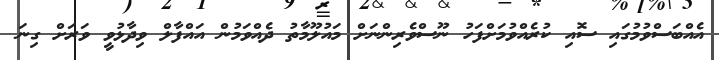
އެއްބަސްވުމުގައި ސޮއި ކުރެއްވުމަށްފަހު ނޫސްވެރިންނަށް މައުލޫމާތު ދެއްވަމުން އައްފާލް ވިދާޅުވީ ވަރަށް ގިނަ